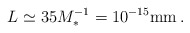
\begin{align*}L\simeq 35 M_*^{-1} = 10^{-15} {\rm mm} \, .\end{align*}